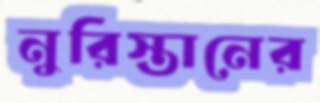
নুরিস্তানের